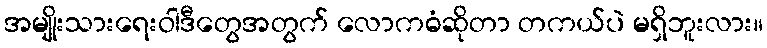
အမျိုးသားရေးဝါဒီတွေအတွက် လောကဓံဆိုတာ တကယ်ပဲ မရှိဘူးလား။